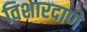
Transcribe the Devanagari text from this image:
विशारदाणे